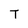
Character: T